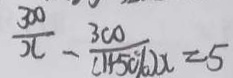
\frac { 3 0 0 } { x } - \frac { 3 0 0 } { ( 1 + 5 0 \% ) x } = 5